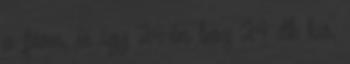
a fára, és így 24-én lesz 24 db kis,